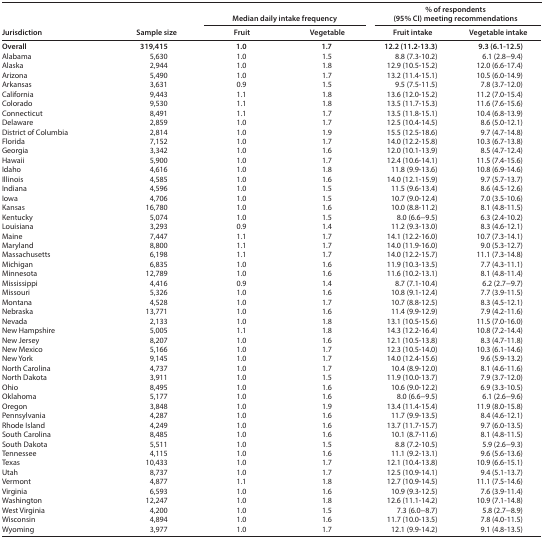
<table><thead><tr><td rowspan="2"><b>Jurisdiction</b></td><td rowspan="2"><b>Sample size</b></td><td colspan="2"><b>Median daily intake frequency</b></td><td colspan="2"><b>% of respondents (95% CI)meeting recommendations</b></td></tr><tr><td><b>Fruit</b></td><td><b>Vegetable</b></td><td><b>Fruit intake</b></td><td><b>Vegetable intake</b></td></tr></thead><tbody><tr><td><b>Overall</b></td><td><b>319,415</b></td><td><b>1.0</b></td><td><b>1.7</b></td><td><b>12.2 (11.2−13.3)</b></td><td><b>9.3 (6.1−12.5)</b></td></tr><tr><td>Alabama</td><td>5,630</td><td>1.0</td><td>1.5</td><td>8.8 (7.3−10.2)</td><td>6.1 (2.8−9.4)</td></tr><tr><td>Alaska</td><td>2,944</td><td>1.0</td><td>1.8</td><td>12.9 (10.5−15.2)</td><td>12.0 (6.6−17.4)</td></tr><tr><td>Arizona</td><td>5,490</td><td>1.0</td><td>1.7</td><td>13.2 (11.4−15.1)</td><td>10.5 (6.0−14.9)</td></tr><tr><td>Arkansas</td><td>3,631</td><td>0.9</td><td>1.5</td><td>9.5 (7.5−11.5)</td><td>7.8 (3.7−12.0)</td></tr><tr><td>California</td><td>9,443</td><td>1.1</td><td>1.8</td><td>13.6 (12.0−15.2)</td><td>11.2 (7.0−15.4)</td></tr><tr><td>Colorado</td><td>9,530</td><td>1.1</td><td>1.8</td><td>13.5 (11.7−15.3)</td><td>11.6 (7.6−15.6)</td></tr><tr><td>Connecticut</td><td>8,491</td><td>1.1</td><td>1.7</td><td>13.5 (11.8−15.1)</td><td>10.4 (6.8−13.9)</td></tr><tr><td>Delaware</td><td>2,859</td><td>1.0</td><td>1.7</td><td>12.5 (10.4−14.5)</td><td>8.6 (5.0−12.1)</td></tr><tr><td>District of Columbia</td><td>2,814</td><td>1.0</td><td>1.9</td><td>15.5 (12.5−18.6)</td><td>9.7 (4.7−14.8)</td></tr><tr><td>Florida</td><td>7,152</td><td>1.0</td><td>1.7</td><td>14.0 (12.2−15.8)</td><td>10.3 (6.7−13.8)</td></tr><tr><td>Georgia</td><td>3,342</td><td>1.0</td><td>1.6</td><td>12.0 (10.1−13.9)</td><td>8.5 (4.7−12.4)</td></tr><tr><td>Hawaii</td><td>5,900</td><td>1.0</td><td>1.7</td><td>12.4 (10.6−14.1)</td><td>11.5 (7.4−15.6)</td></tr><tr><td>Idaho</td><td>4,616</td><td>1.0</td><td>1.8</td><td>11.8 (9.9−13.6)</td><td>10.8 (6.9−14.6)</td></tr><tr><td>Illinois</td><td>4,585</td><td>1.0</td><td>1.6</td><td>14.0 (12.1−15.9)</td><td>9.7 (5.7−13.7)</td></tr><tr><td>Indiana</td><td>4,596</td><td>1.0</td><td>1.5</td><td>11.5 (9.6−13.4)</td><td>8.6 (4.5−12.6)</td></tr><tr><td>Iowa</td><td>4,706</td><td>1.0</td><td>1.5</td><td>10.7 (9.0−12.4)</td><td>7.0 (3.5−10.6)</td></tr><tr><td>Kansas</td><td>16,780</td><td>1.0</td><td>1.6</td><td>10.0 (8.8−11.2)</td><td>8.1 (4.8−11.5)</td></tr><tr><td>Kentucky</td><td>5,074</td><td>1.0</td><td>1.5</td><td>8.0 (6.6−9.5)</td><td>6.3 (2.4−10.2)</td></tr><tr><td>Louisiana</td><td>3,293</td><td>0.9</td><td>1.4</td><td>11.2 (9.3−13.0)</td><td>8.3 (4.6−12.1)</td></tr><tr><td>Maine</td><td>7,447</td><td>1.1</td><td>1.7</td><td>14.1 (12.2−16.0)</td><td>10.7 (7.3−14.1)</td></tr><tr><td>Maryland</td><td>8,800</td><td>1.1</td><td>1.7</td><td>14.0 (11.9−16.0)</td><td>9.0 (5.3−12.7)</td></tr><tr><td>Massachusetts</td><td>6,198</td><td>1.1</td><td>1.7</td><td>14.0 (12.2−15.7)</td><td>11.1 (7.3−14.8)</td></tr><tr><td>Michigan</td><td>6,835</td><td>1.0</td><td>1.6</td><td>11.9 (10.3−13.5)</td><td>7.7 (4.3−11.1)</td></tr><tr><td>Minnesota</td><td>12,789</td><td>1.0</td><td>1.6</td><td>11.6 (10.2−13.1)</td><td>8.1 (4.8−11.4)</td></tr><tr><td>Mississippi</td><td>4,416</td><td>0.9</td><td>1.4</td><td>8.7 (7.1−10.4)</td><td>6.2 (2.7−9.7)</td></tr><tr><td>Missouri</td><td>5,326</td><td>1.0</td><td>1.6</td><td>10.8 (9.1−12.4)</td><td>7.7 (3.9−11.5)</td></tr><tr><td>Montana</td><td>4,528</td><td>1.0</td><td>1.7</td><td>10.7 (8.8−12.5)</td><td>8.3 (4.5−12.1)</td></tr><tr><td>Nebraska</td><td>13,771</td><td>1.0</td><td>1.6</td><td>11.4 (9.9−12.9)</td><td>7.9 (4.2−11.6)</td></tr><tr><td>Nevada</td><td>2,133</td><td>1.0</td><td>1.8</td><td>13.1 (10.5−15.6)</td><td>11.5 (7.0−16.0)</td></tr><tr><td>New Hampshire</td><td>5,005</td><td>1.1</td><td>1.8</td><td>14.3 (12.2−16.4)</td><td>10.8 (7.2−14.4)</td></tr><tr><td>New Jersey</td><td>8,207</td><td>1.0</td><td>1.6</td><td>12.1 (10.5−13.8)</td><td>8.3 (4.7−11.8)</td></tr><tr><td>New Mexico</td><td>5,166</td><td>1.0</td><td>1.7</td><td>12.3 (10.5−14.0)</td><td>10.3 (6.1−14.6)</td></tr><tr><td>New York</td><td>9,145</td><td>1.0</td><td>1.7</td><td>14.0 (12.4−15.6)</td><td>9.6 (5.9−13.2)</td></tr><tr><td>North Carolina</td><td>4,737</td><td>1.0</td><td>1.7</td><td>10.4 (8.9−12.0)</td><td>8.1 (4.6−11.6)</td></tr><tr><td>North Dakota</td><td>3,911</td><td>1.0</td><td>1.5</td><td>11.9 (10.0−13.7)</td><td>7.9 (3.7−12.0)</td></tr><tr><td>Ohio</td><td>8,495</td><td>1.0</td><td>1.6</td><td>10.6 (9.0−12.2)</td><td>6.9 (3.3−10.5)</td></tr><tr><td>Oklahoma</td><td>5,177</td><td>1.0</td><td>1.6</td><td>8.0 (6.6−9.5)</td><td>6.1 (2.6−9.6)</td></tr><tr><td>Oregon</td><td>3,848</td><td>1.0</td><td>1.9</td><td>13.4 (11.4−15.4)</td><td>11.9 (8.0−15.8)</td></tr><tr><td>Pennsylvania</td><td>4,287</td><td>1.0</td><td>1.6</td><td>11.7 (9.9−13.5)</td><td>8.4 (4.6−12.1)</td></tr><tr><td>Rhode Island</td><td>4,249</td><td>1.0</td><td>1.6</td><td>13.7 (11.7−15.7)</td><td>9.7 (6.0−13.5)</td></tr><tr><td>South Carolina</td><td>8,485</td><td>1.0</td><td>1.6</td><td>10.1 (8.7−11.6)</td><td>8.1 (4.8−11.5)</td></tr><tr><td>South Dakota</td><td>5,511</td><td>1.0</td><td>1.5</td><td>8.8 (7.2−10.5)</td><td>5.9 (2.6−9.3)</td></tr><tr><td>Tennessee</td><td>4,115</td><td>1.0</td><td>1.6</td><td>11.1 (9.2−13.1)</td><td>9.6 (5.6−13.6)</td></tr><tr><td>Texas</td><td>10,433</td><td>1.0</td><td>1.7</td><td>12.1 (10.4−13.8)</td><td>10.9 (6.6−15.1)</td></tr><tr><td>Utah</td><td>8,737</td><td>1.0</td><td>1.7</td><td>12.5 (10.9−14.1)</td><td>9.4 (5.1−13.7)</td></tr><tr><td>Vermont</td><td>4,877</td><td>1.1</td><td>1.8</td><td>12.7 (10.9−14.5)</td><td>11.1 (7.5−14.6)</td></tr><tr><td>Virginia</td><td>6,593</td><td>1.0</td><td>1.6</td><td>10.9 (9.3−12.5)</td><td>7.6 (3.9−11.4)</td></tr><tr><td>Washington</td><td>12,247</td><td>1.0</td><td>1.8</td><td>12.6 (11.1−14.2)</td><td>10.9 (7.1−14.8)</td></tr><tr><td>West Virginia</td><td>4,200</td><td>1.0</td><td>1.5</td><td>7.3 (6.0−8.7)</td><td>5.8 (2.7−8.9)</td></tr><tr><td>Wisconsin</td><td>4,894</td><td>1.0</td><td>1.6</td><td>11.7 (10.0−13.5)</td><td>7.8 (4.0−11.5)</td></tr><tr><td>Wyoming</td><td>3,977</td><td>1.0</td><td>1.7</td><td>12.1 (9.9−14.2)</td><td>9.1 (4.8−13.5)</td></tr></tbody></table>